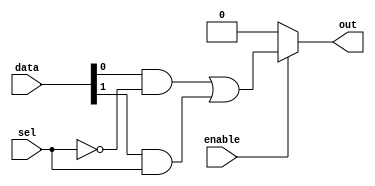
module MUX2x1(
	input [1:0] data,
	input sel,
	input enable,
	output out
);
	
	wire selected;
	
	assign selected = data[0] & ~sel | data[1] & sel;
	
	assign out = enable ? selected : 1'b0;

endmodule